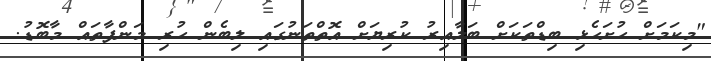
"މިކަމަށް ހުށަހެޅި ބިޑްތަކަށް ބަލާއިރު ކުރިޔަށް އޮތްތަނުގައި ލިބެން ހުރި މަންފާތައް މާބޮޑު.